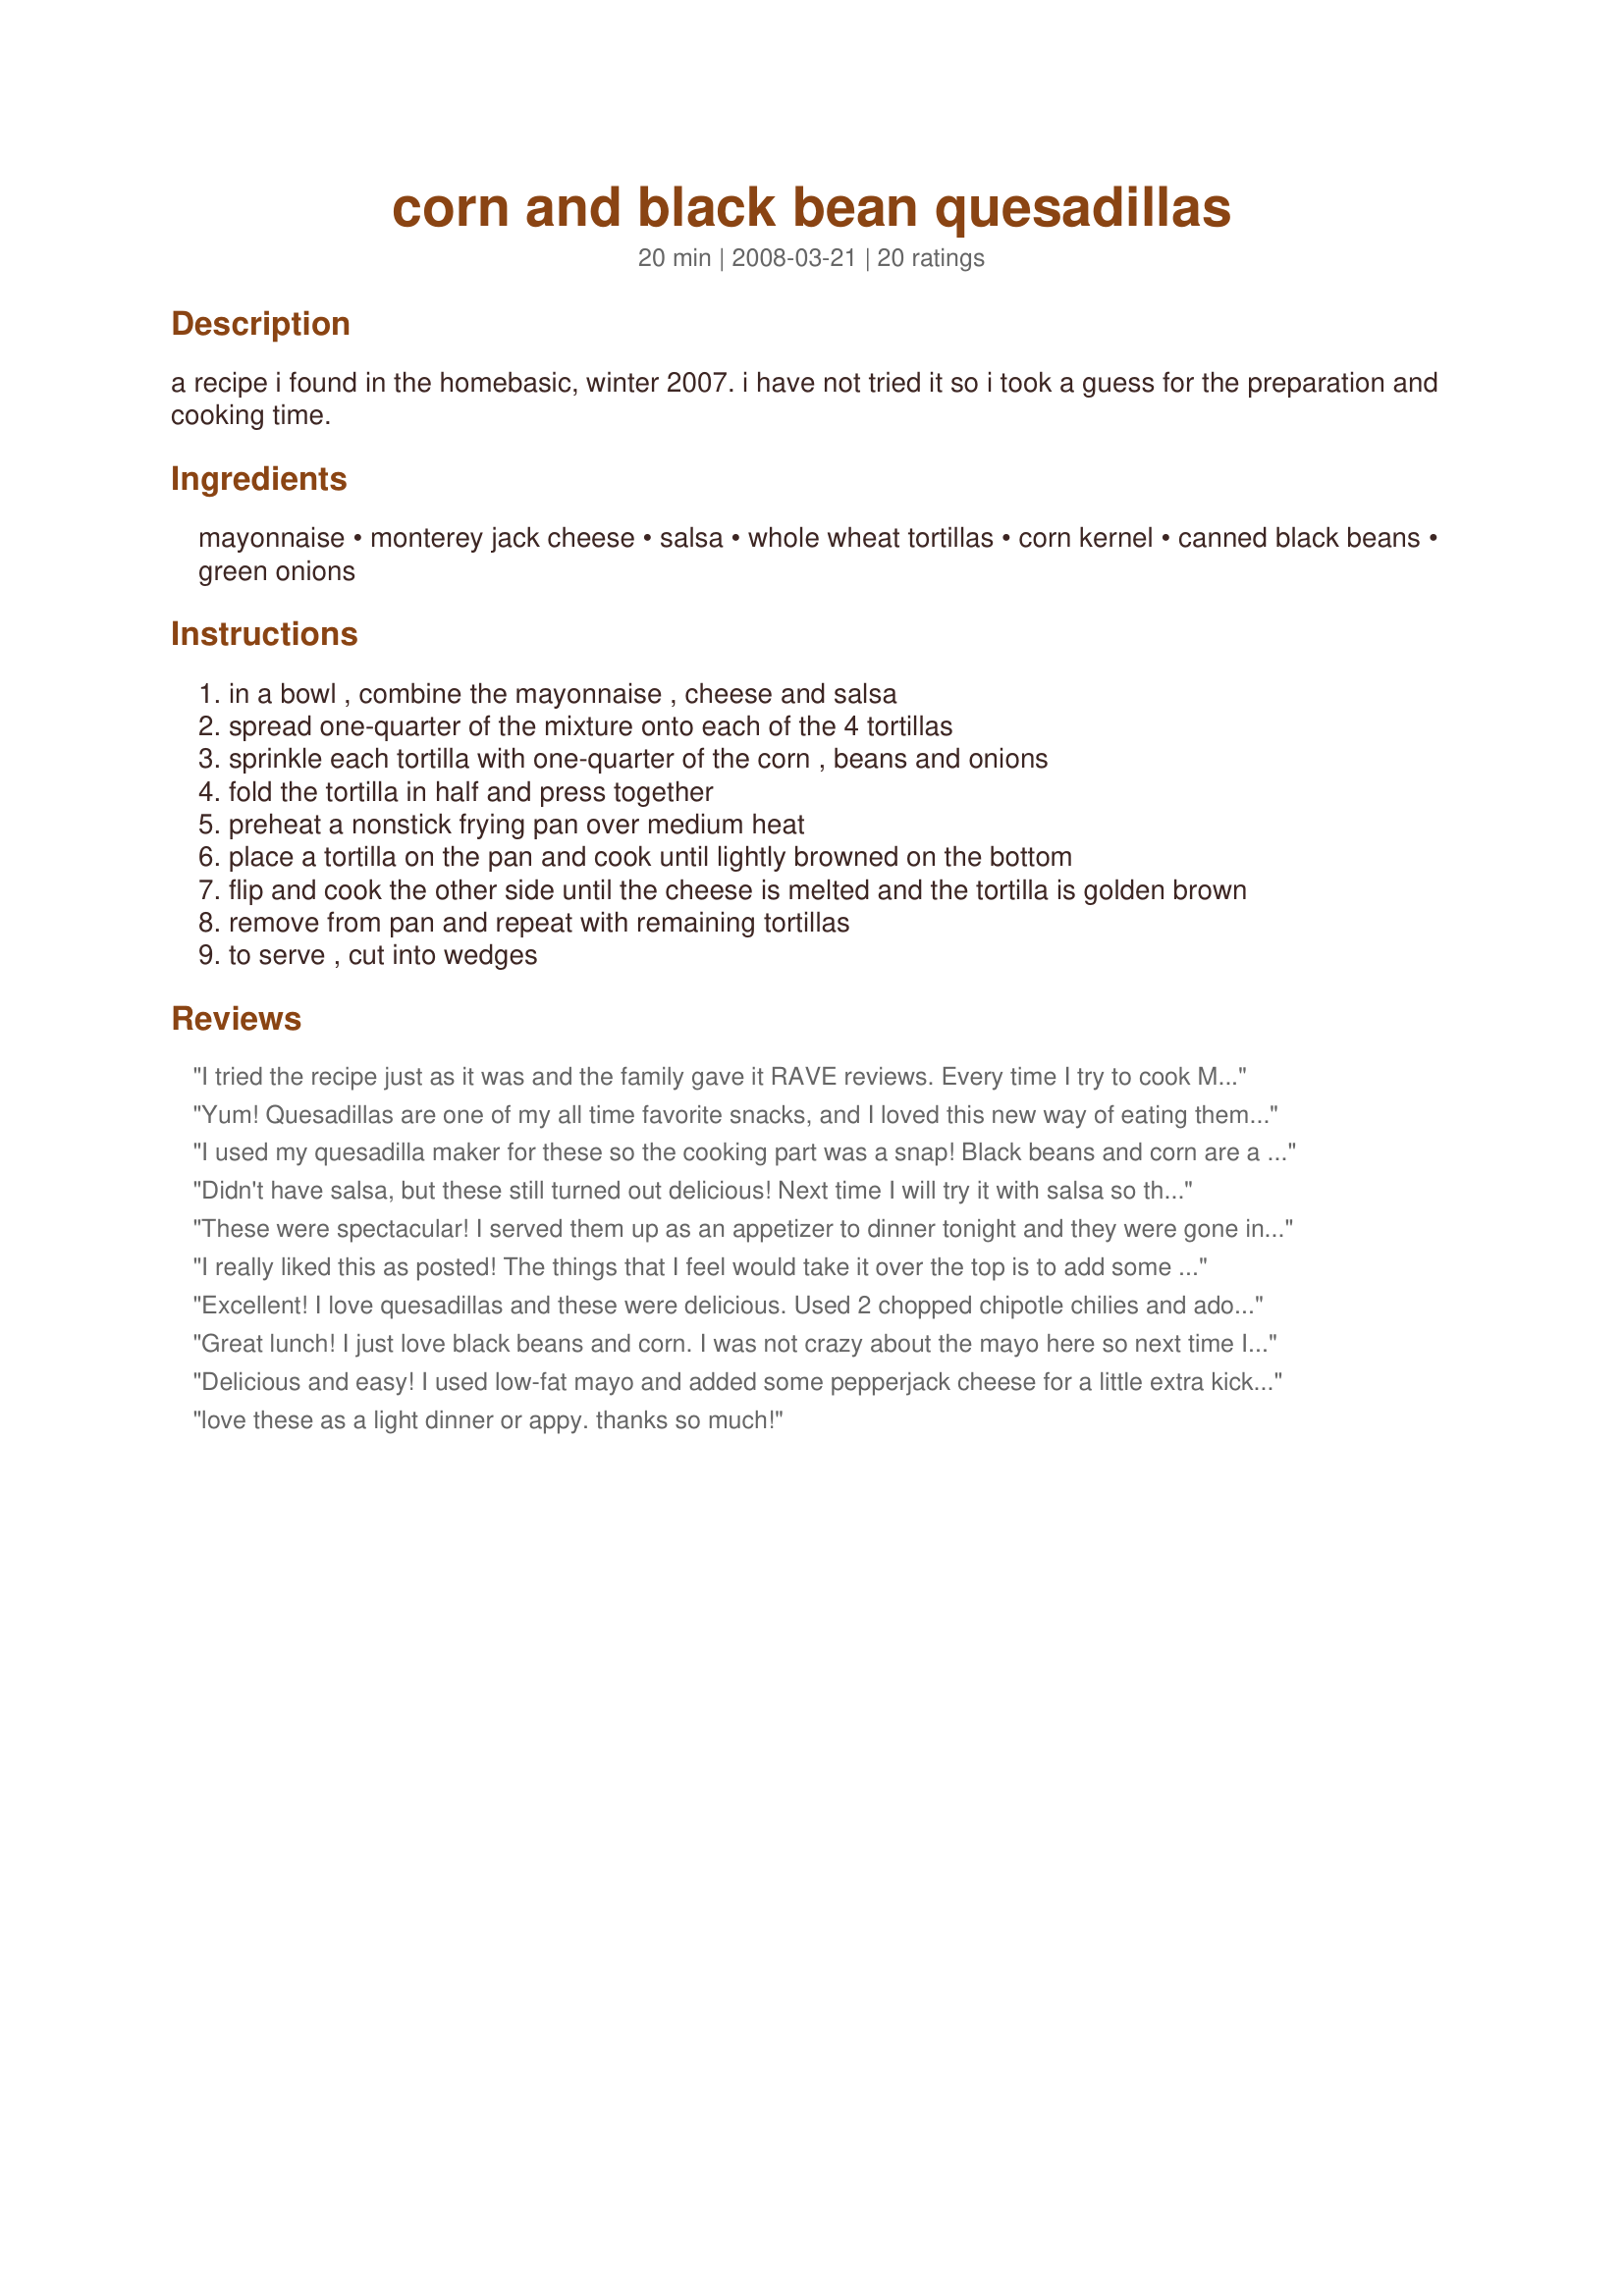
corn and black bean quesadillas
Preparation time: 20 minutes

a recipe i found in the homebasic, winter 2007. i have not tried it so i took a guess for the preparation and cooking time.

Ingredients:
mayonnaise, monterey jack cheese, salsa, whole wheat tortillas, corn kernel, canned black beans, green onions

Steps:
in a bowl , combine the mayonnaise , cheese and salsa
spread one-quarter of the mixture onto each of the 4 tortillas
sprinkle each tortilla with one-quarter of the corn , beans and onions
fold the tortilla in half and press together
preheat a nonstick frying pan over medium heat
place a tortilla on the pan and cook until lightly browned on the bottom
flip and cook the other side until the cheese is melted and the tortilla is golden brown
remove from pan and repeat with remaining tortillas
to serve , cut into wedges

Reviews:
I tried the recipe just as it was and the family gave it RAVE reviews. Every time I try to cook Mexican foods, I screw it up royally, but this was wonderful. Great compliment to homemade margaritas. I might add more cheese or try a different type of tortilla, next time. The ones I used weren't quite stiff enough and they were messy...but none of us cared they were so good. Such a wonderful, warm recipe. This sounded so simple I had a hard time believing it was going to be as good as it was, but it was absolutely perfect.
Yum! Quesadillas are one of my all time favorite snacks, and I loved this new way of eating them. I used half pepper jack cheese and half cheddar cheese and a tad less mayo (maybe 1/3 cup) because that's what I had. They were really terrific! Thanks Boomette! Made for 1-2-3 Zaar Tag.
I used my quesadilla maker for these so the cooking part was a snap! Black beans and corn are a wonderful combination and its no different here. I added just a touch more cheese, lol!
Didn't have salsa, but these still turned out delicious! Next time I will try it with salsa so they end up being juicier. I did add some paprika and cumin for a kick.
These were spectacular! I served them up as an appetizer to dinner tonight and they were gone in no time! I was a little worried about the mayo taste but after it was cooked I couldn't even taste it. They were beyond excellent. I used plain flour tortillas and followed the recipe exactly. I can't recommend this enough! Made for ZWT 5 and so glad I did!!
I really liked this as posted! The things that I feel would take it over the top is to add some fresh cilantro and some diced jalapeno. I will reduce the sauce I put on each tortilla next time because it was just a little runny, but I used smaller tortillas and thought I'd rationed everything out right. Great quick and easy lunch or weeknight recipe. Thanks for sharing!
Excellent! I love quesadillas and these were delicious. Used 2 chopped chipotle chilies and adobo sauce instead of salsa and left out the mayo (for calories sake). Also broiled them only because I didn't feel like washing the big pan. This will be a new stand-by since I always have these ingredients on hand. Thanks!
Great lunch! I just love black beans and corn. I was not crazy about the mayo here so next time I will make it without that addition. *Made for Beverage Tag*
Delicious and easy! I used low-fat mayo and added some pepperjack cheese for a little extra kick, and whipped up some guacamole to serve with it. Excellent! Thanks for sharing!
love these as a light dinner or appy. thanks so much!
Excellent recipe! Leary about the mayo before trying the final product but turned out great. Only modification I made was reducing the corn to 1/2 cup and adding 1/2 cup of diced chicken. Kids enjoyed them too.
These were great as part of my Mexican feast tonight. I must admit when I think Mexican, I don't normally think of mayonnaise, but it works very well in this recipe. I used flour tortillas since that was what I had on hand, but other than that, followed the recipe as written. Made for ZWT5.
I added a little extra picante sauce. I may substitute the Mayo for cream cheese next time. I also added extra cheese. Needs a little heat, so I may add a little Jalapeno next time too.<br/><br/>Amendment Jan 2011: So I figured out the BEST combo for a quesadilla. black beans, corn, cheese, chicken, Sazon Mexican Spice blend, and chipotle powder. seriously the best ever...
Really good! Made with chicken tortilla soup. I put a little margarine on the outside of the tortillas, and an extra sprinkling of jack cheese on the inside. Very very good!!! Didn't need any guacamole or sour cream. Great straight up! Made for ZWT 5.
This made a great lunch yesterday! Followed Enjolinfam's suggestion and cut back on the mayo a little. Monterey Jack cheese wasn't available so used cheddar. Because whole wheat tortillas are not available here in Mexico I used harina (flour) tortillas. Rather than folding them in half, I warmed one side on the grill, turned over, spread the filling and topped with another tortilla. Cut into quarters with pizza cutter. Thanks for sharing!
Yum, these were good. I used light miracle whip and low fat cheese. I loved them as written but think next time I might try using cream cheese instead of mayo. :) Thanks for a keeper!
This is a delicious and easy to make quesadilla. Great for light dinner or lunch paired with a fruit salad. I added a little extra cheese to make them a little gooey, otherwise just as posted.
I made this for lunch yesterday and added some leftover chicken to make it a bit more filling. I used miracle whip to keep it a bit lighter. This made a great quick and easy lunch, dinner, or snack!
These quesadillas were a nice change of pace for lunch. I did not have the 10-inch tortillas so I might have overfilled them just a tad; however, they were still deliciously messy. Served them with some pineapple and avocado pico de gallo, and some sour cream. Easy to make so we will definitely have them again! Made for the Everyday is a Holiday tag, May, 2012.
Delicious! I've made these several times now, they make a great quick lunch or snack. I personally prefer them with a little extra salsa and no mayo.
